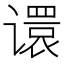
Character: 𫍽